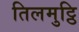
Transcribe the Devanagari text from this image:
तिलमुट्ठि